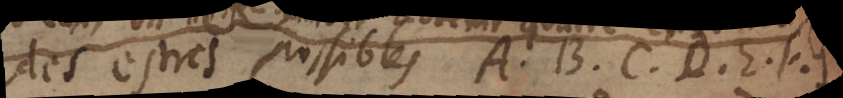
des estres possibles A, B, C, D, E, F, G